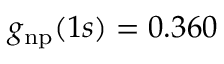
g _ { \mathrm { n p } } ( 1 s ) = 0 . 3 6 0